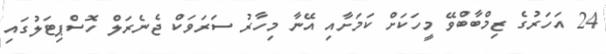
24 އަހަރުގެ ޒިމްބާބްވޭ މީހަކަށް ކަމަށާއި އޭނާ މިހާރު ސަރަވަކް ޖެނެރަލް ހޮސްޕިޓަލުގައި